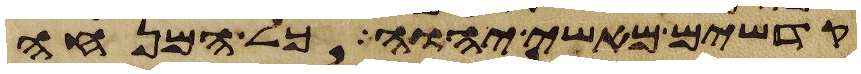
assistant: קדשים מאשי יהוה כל המנחה